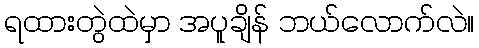
ရထားတွဲထဲမှာ အပူချိန် ဘယ်လောက်လဲ။